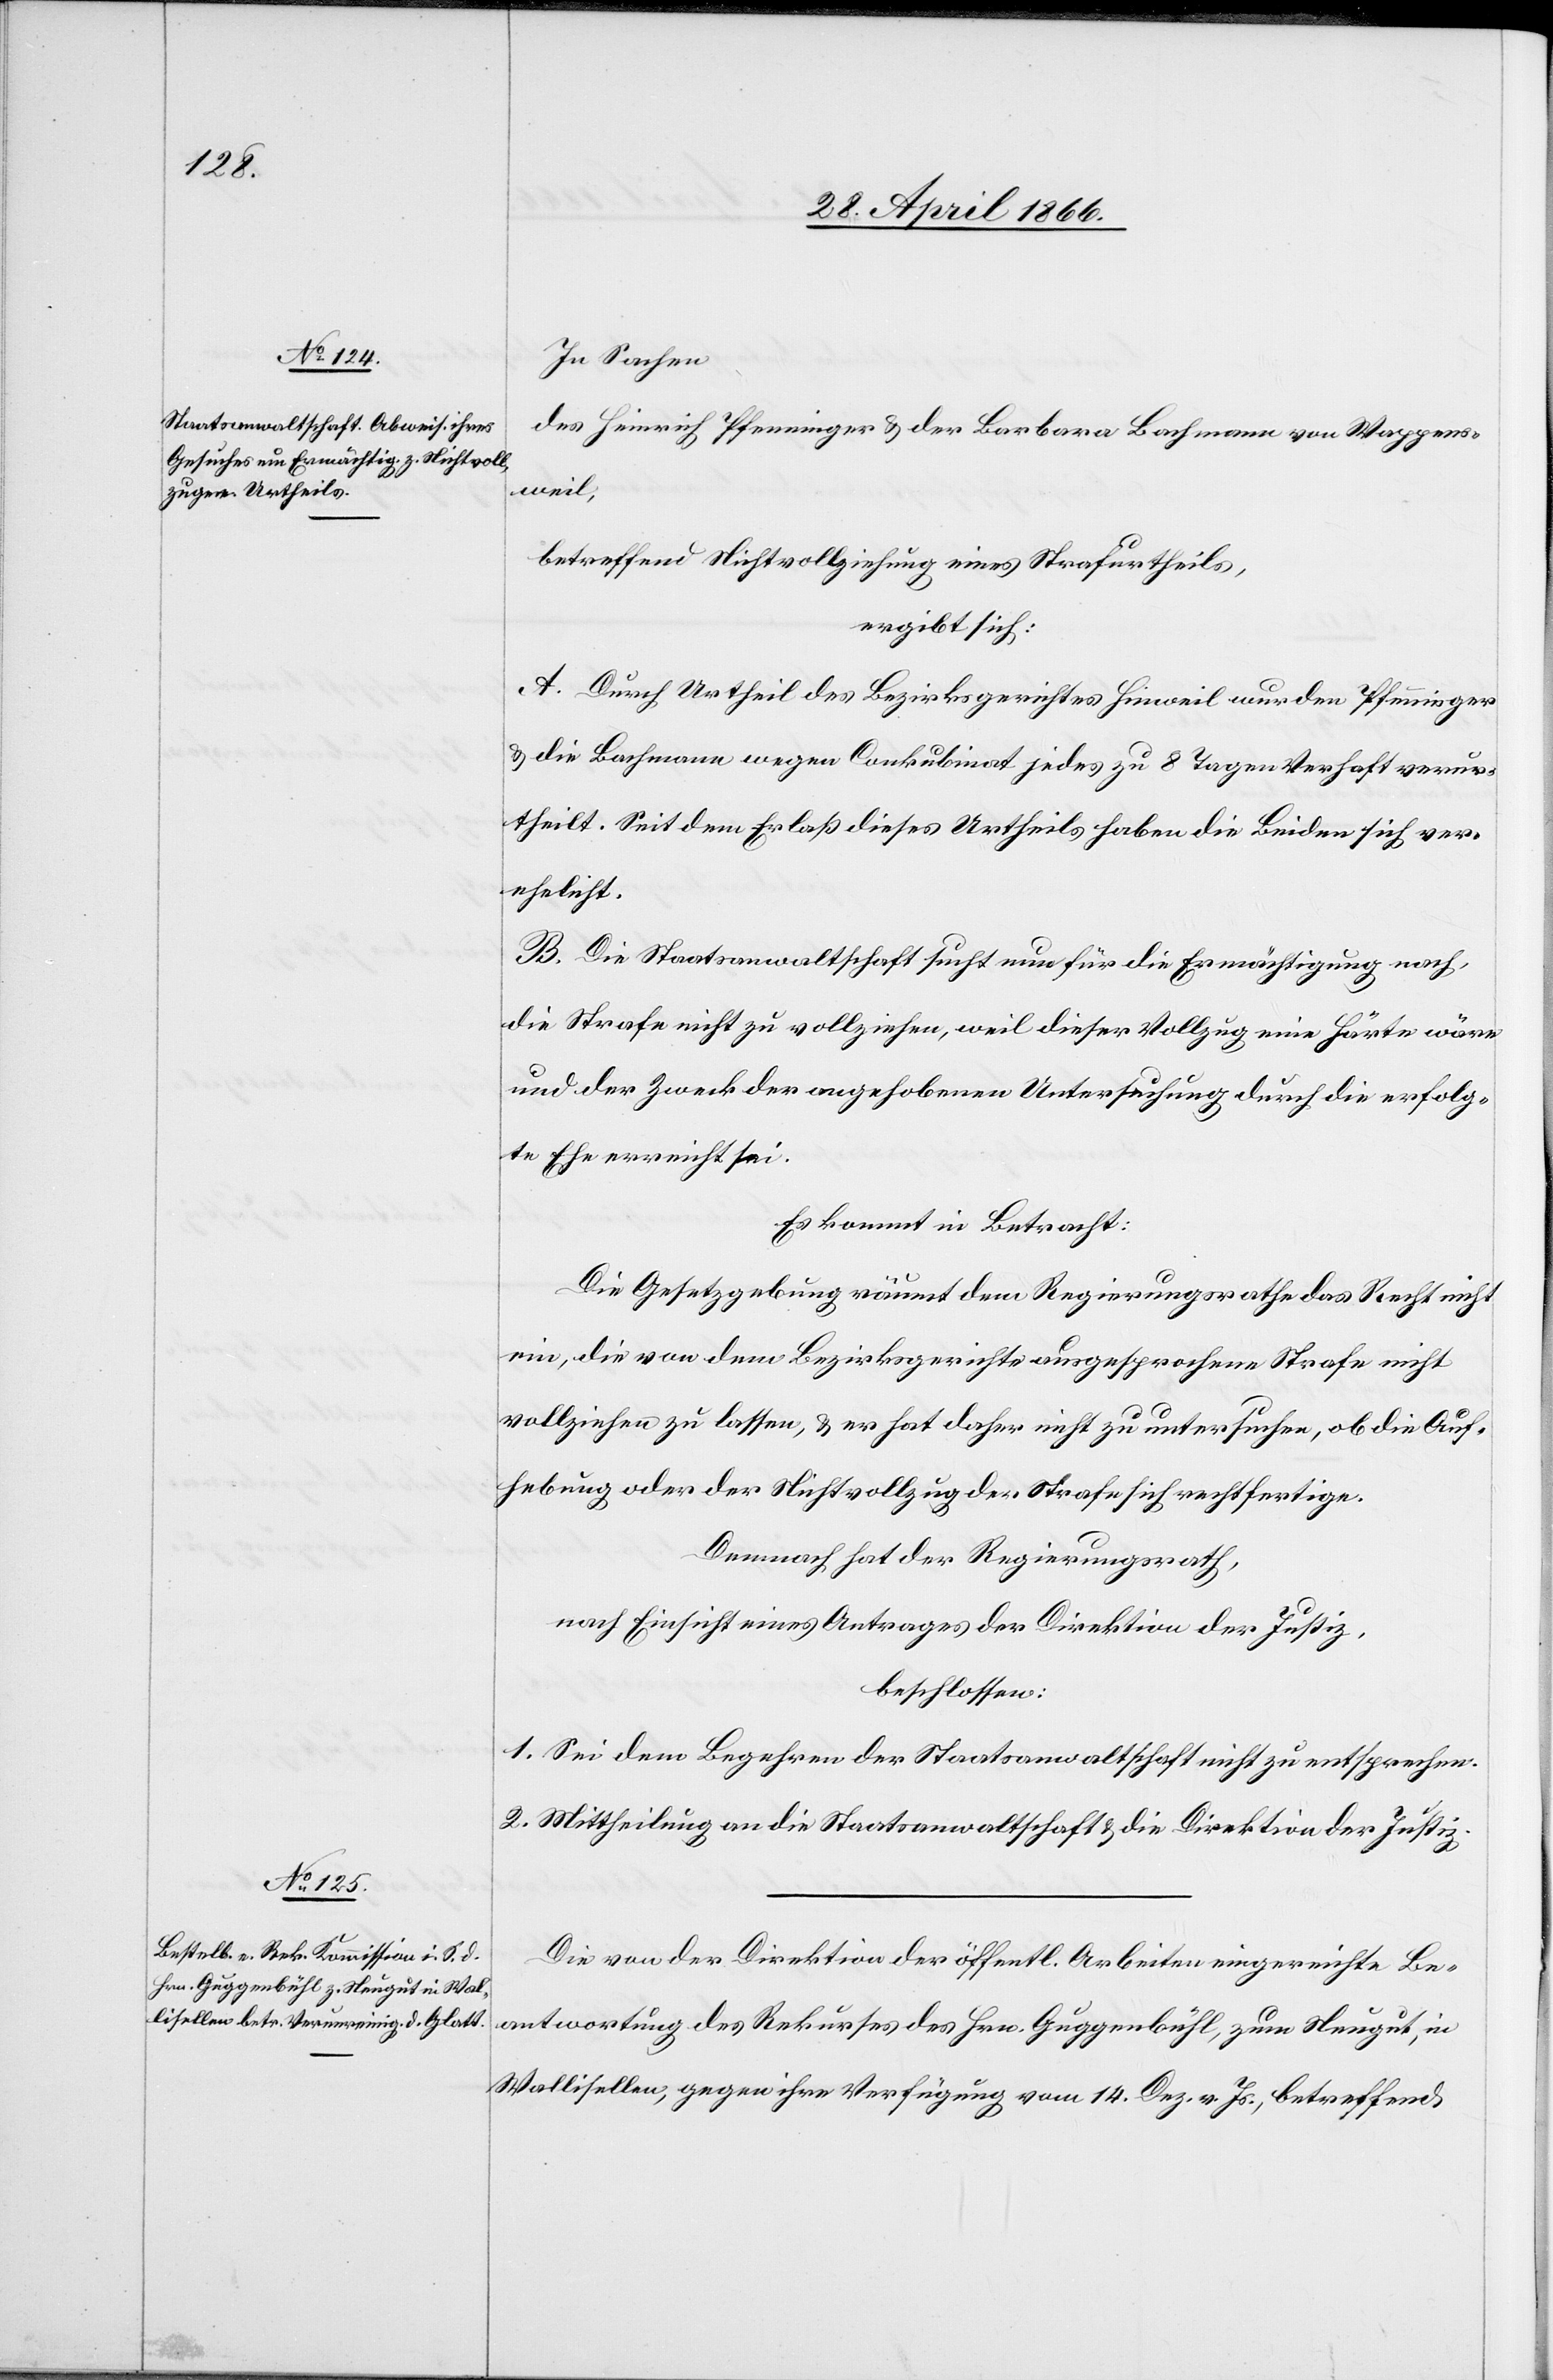
In Sachen
des Heinrich Pfenninger u. der Barbara Bachmann von Wappens¬
weil,
betreffend Nichtvollziehung eines Strafurtheiles,
ergibt sich:
A. Durch Urtheil des Bezirksgerichtes Hinweil wurden Pfenninger
u. die Bachmann wegen Conkubinat jedes zu 8 Tagen Verhaft verur¬
theilt. Seit dem Erlaß dieses Urtheils haben die Beiden sich ver¬
ehelicht.
B. Die Staatsanwaltschaft sucht nun für die Ermächtigung nach,
die Strafe nicht zu vollziehen, weil dieser Vollzug eine Härte wäre
und der Zweck der angehobenen Untersuchung durch die erfolg¬
te Ehe erreicht sei.
Es kommt in Betracht:
Die Gesetzgebung räumt dem Regierungsrathe das Recht nicht
ein, die von dem Bezirksgerichte ausgesprochene Strafe nicht
vollziehen zu lassen, u. er hat daher nicht zu untersuchen, ob die Auf¬
hebung oder der Nichtvollzug der Strafe sich rechtfertige.
Demnach hat der Regierungsrath,
nach Einsicht eines Antrages der Direktion der Justiz,
beschlossen:
1. Sei dem Begehren der Staatsanwaltschaft nicht zu entsprechen.
2. Mittheilung an die Staatsanwaltschaft u. die Direktion der Justiz.
Die von der Direktion der öffentl. Arbeiten eingereichte Be¬
antwortung des Rekurses des Hrn. Guggenbühl, zum Neugut, in
Wallisellen, gegen ihre Verfügung vom 14. Dez. v. Js., betreffend